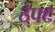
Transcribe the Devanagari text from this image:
ठेफ्ट